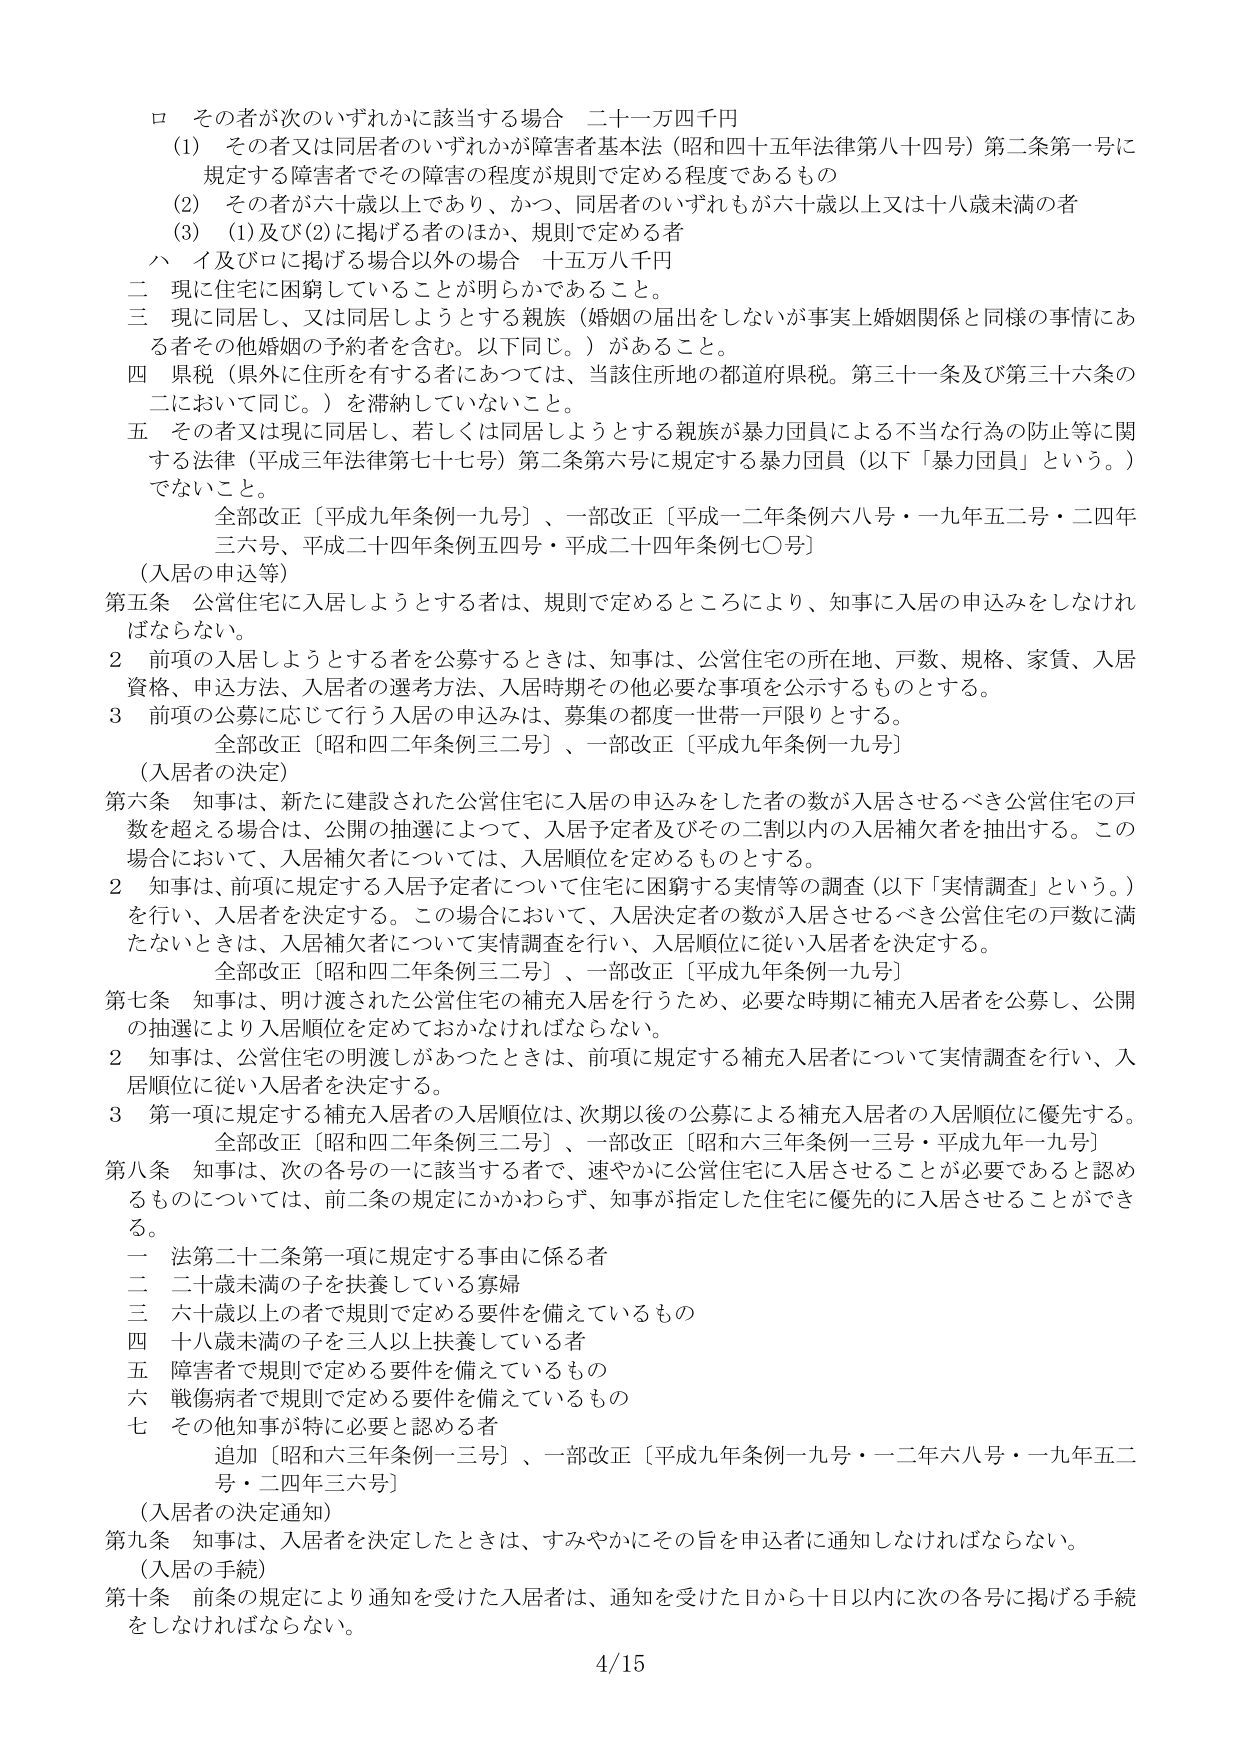
ロ その者が次のいずれかに該当する場合 二十一万四千円
(1) その者又は同居者のいずれかが障害者基本法（昭和四十五年法律第八十四号）第二条第一号に規定する障害者でその障害の程度が規則で定める程度であるもの
(2) その者が六十歳以上であり、かつ、同居者のいずれもが六十歳以上又は十八歳未満の者
(3) (1)及び(2)に掲げる者のほか、規則で定める者
ハ イ及びロに掲げる場合以外の場合 十五万八千円
二 現に住宅に困窮していることが明らかであること。
三 現に同居し、又は同居しようとする親族（婚姻の届出をしないが事実上婚姻関係と同様の事情にある者その他婚姻の予約者を含む。以下同じ。）があること。
四 県税（県外に住所を有する者にあつては、当該住所地の都道府県税。第三十一条及び第三十六条の二において同じ。）を滞納していないこと。
五 その者又は現に同居し、若しくは同居しようとする親族が暴力団員による不当な行為の防止等に関する法律（平成三年法律第七十七号）第二条第六号に規定する暴力団員（以下「暴力団員」という。）でないこと。
全部改正〔平成九年条例一九号〕、一部改正〔平成一二年条例六八号・一九年五二号・二四年三六号、平成二十四年条例五四号・平成二十四年条例七〇号〕

（入居の申込等）
第五条 公営住宅に入居しようとする者は、規則で定めるところにより、知事に入居の申込みをしなければならない。
2 前項の入居しようとする者を公募するときは、知事は、公営住宅の所在地、戸数、規格、家賃、入居資格、申込方法、入居者の選考方法、入居時期その他必要な事項を公示するものとする。
3 前項の公募に応じて行う入居の申込みは、募集の都度一世帯一戸限りとする。
全部改正〔昭和四二年条例三二号〕、一部改正〔平成九年条例一九号〕

（入居者の決定）
第六条 知事は、新たに建設された公営住宅に入居の申込みをした者の数が入居させるべき公営住宅の戸数を超える場合は、公開の抽選によって、入居予定者及びその二割以内の入居補欠者を抽出する。この場合において、入居補欠者については、入居順位を定めるものとする。
2 知事は、前項に規定する入居予定者について住宅に困窮する実情等の調査（以下「実情調査」という。）を行い、入居者を決定する。この場合において、入居決定者の数が入居させるべき公営住宅の戸数に満たないときは、入居補欠者について実情調査を行い、入居順位に従い入居者を決定する。
全部改正〔昭和四二年条例三二号〕、一部改正〔平成九年条例一九号〕
第七条 知事は、明け渡された公営住宅の補充入居を行うため、必要な時期に補充入居者を公募し、公開の抽選により入居順位を定めておかなければならない。
2 知事は、公営住宅の明渡しがあったときは、前項に規定する補充入居者について実情調査を行い、入居順位に従い入居者を決定する。
3 第一項に規定する補充入居者の入居順位は、次期以後の公募による補充入居者の入居順位に優先する。
全部改正〔昭和四二年条例三二号〕、一部改正〔昭和六三年条例一三号・平成九年一九号〕
第八条 知事は、次の各号の一に該当する者で、速やかに公営住宅に入居させることが必要であると認めるものについては、前二条の規定にかかわらず、知事が指定した住宅に優先的に入居させることができる。
一 法第二十二条第一項に規定する事由に係る者
二 二十歳未満の子を扶養している寡婦
三 六十歳以上の者で規則で定める要件を備えているもの
四 十八歳未満の子を三人以上扶養している者
五 障害者で規則で定める要件を備えているもの
六 戦傷病者で規則で定める要件を備えているもの
七 その他知事が特に必要と認める者
追加〔昭和六三年条例一三号〕、一部改正〔平成九年条例一九号・一二年六八号・一九年五二号・二四年三六号〕

（入居者の決定通知）
第九条 知事は、入居者を決定したときは、すみやかにその旨を申込者に通知しなければならない。

（入居の手続）
第十条 前条の規定により通知を受けた入居者は、通知を受けた日から十日以内に次の各号に掲げる手続をしなければならない。

4/15